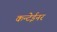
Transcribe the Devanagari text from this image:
कन्टेईनर